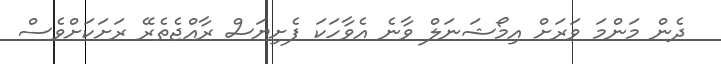
ދެން މަންމަ ވަރަށް އިމޯޝަނަލް ވާނެ އެވާހަކަ ފެށިޔަސް ރާއްޖެތެރޭ ރަށަކަށްވެސް